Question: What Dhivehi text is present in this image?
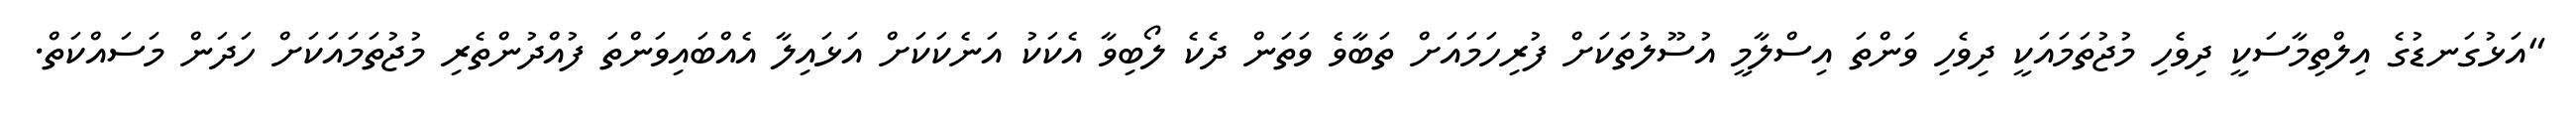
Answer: "އަޅުގަނޑުގެ އިލްތިމާސަކީ ދިވެހި މުޖުތަމައަކީ ދިވެހި ވަންތަ އިސްލާމީ އުސޫލުތަކަށް ފުރިހަމައަށް ތަބާވެ ވަތަން ދެކެ ލޯބިވާ އެކަކު އަނެކަކަށް އަޅައިލާ އެއްބައިވަންތަ ފުއްދުންތެރި މުޖުތަމައަކަށް ހަދަން މަސައްކަތް.